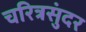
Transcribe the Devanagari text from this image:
चरित्रसुंदर